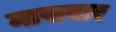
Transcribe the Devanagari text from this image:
मासवार